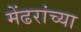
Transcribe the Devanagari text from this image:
मेंढरांच्या